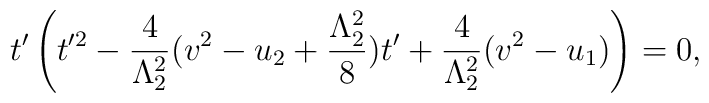
t'\left(t'^2-\frac{4}{\Lambda_2^2}(v^2-u_2+\frac{\Lambda_2^2}{8})t'+\frac{4}{\Lambda_2^2}(v^2-u_1)\right)=0,